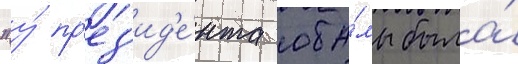
"у́ пр'ез'ид'е́нта оба́мы была́